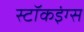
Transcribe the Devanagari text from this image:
स्टॉकइंग्स